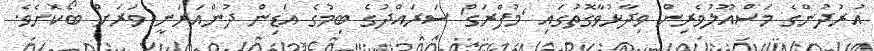
އުރުދުންގެ މަސްއޫލުވެރިން ވިދާޅުވާގޮތުގައި 'މުފްރަގް' ސަރައްދުގެ ބިމުގެ އަޑިން ދުންއަރަނީ ވަރަށް ބޯކޮށެވެ.